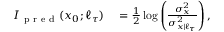
\begin{array} { r l } { I _ { \mathrm { ~ p ~ r ~ e ~ d ~ } } ( x _ { 0 } ; \ell _ { \tau } ) } & { { } = \frac { 1 } { 2 } \log \left( \frac { \sigma _ { x } ^ { 2 } } { \sigma _ { x | \ell _ { \tau } } ^ { 2 } } \right) , } \end{array}